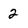
Character: 2